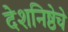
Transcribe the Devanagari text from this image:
देशनिष्ठेचे